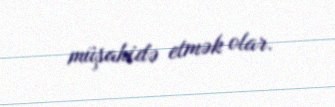
müşahidə etmək olar.